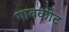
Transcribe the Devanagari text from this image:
गावकोट